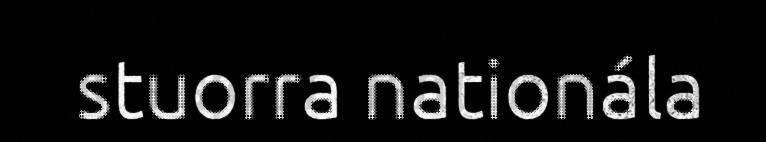
stuorra nationála